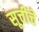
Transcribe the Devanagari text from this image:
सूचींचे